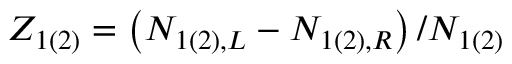
Z _ { 1 ( 2 ) } = \left( N _ { 1 ( 2 ) , L } - N _ { 1 ( 2 ) , R } \right) / N _ { 1 ( 2 ) }